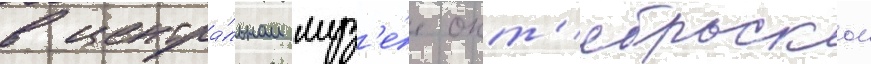
в центра́льном муз'е́е окт'ябрьскои